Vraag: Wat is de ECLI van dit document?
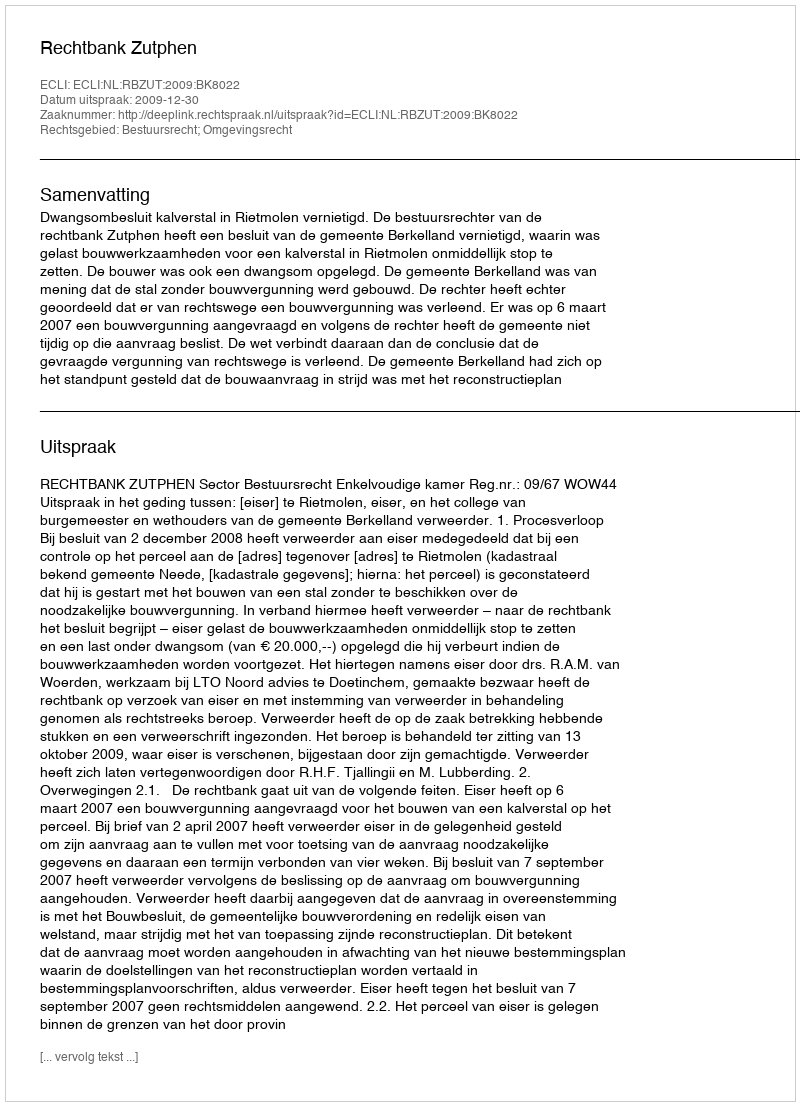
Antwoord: ECLI:NL:RBZUT:2009:BK8022